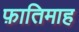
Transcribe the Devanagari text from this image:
फ़ातिमाह